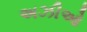
અઝીઓ